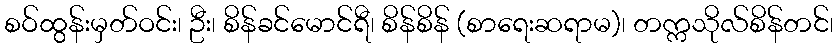
စဝ်ထွန်းမှတ်ဝင်း၊ ဦး၊ စိန်ခင်မောင်ရီ၊ စိန်စိန် (စာရေးဆရာမ)၊ တက္ကသိုလ်စိန်တင်၊